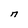
Character: d